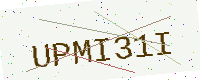
Text: UPMI31I